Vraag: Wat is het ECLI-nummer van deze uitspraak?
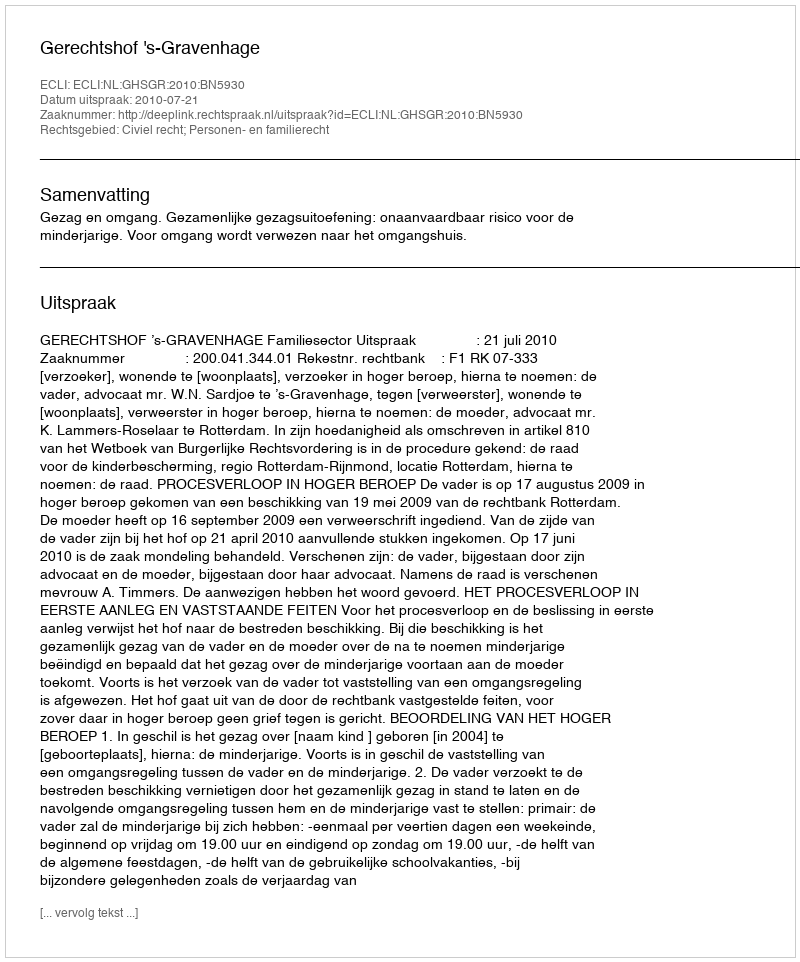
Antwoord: ECLI:NL:GHSGR:2010:BN5930